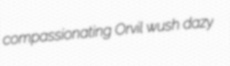
compassionating Orvil wush dazy